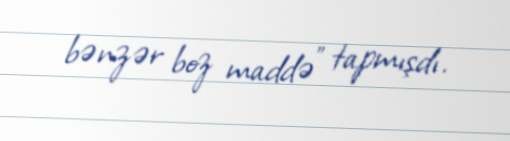
bənzər boz maddə” tapmışdı.